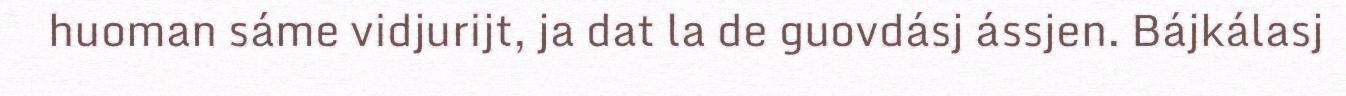
huoman sáme vidjurijt, ja dat la de guovdásj ássjen. Bájkálasj